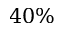
4 0 \%